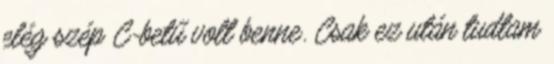
elég szép C-betű volt benne. Csak ez után tudtam